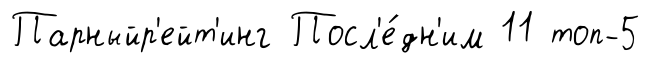
Парныйр'ейт'инг Посл'е́дн'им 11 топ-5